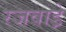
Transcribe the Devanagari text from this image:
रजवाडे़